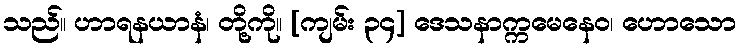
သည်။ ဟာရနယာနံ၊ တို့ကို။ [ကျမ်း ၃၄] ဒေသနာက္ကမေနေဝ၊ ဟောသော